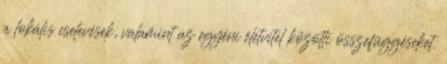
a lokális cselevések, valamint az egyéni életvitel közötti összefüggéseket.